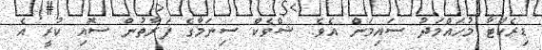
ޑިރެކްޓާ މުހައްމަދު ސައިމަން އެވެ. ޝްވެކް ސިނަމާގެ ފަރާތުން ސޮއި ކުރީ އެ